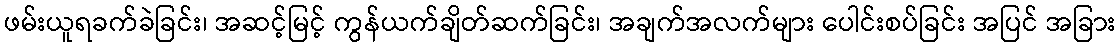
ဖမ်းယူရခက်ခဲခြင်း၊ အဆင့်မြင့် ကွန်ယက်ချိတ်ဆက်ခြင်း၊ အချက်အလက်များ ပေါင်းစပ်ခြင်း အပြင် အခြား